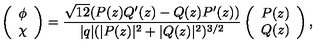
\left( \begin{array} { c } { \phi } \\ { \chi } \\ \end{array} \right) = \frac { \sqrt { 1 2 } ( P ( z ) Q ^ { \prime } ( z ) - Q ( z ) P ^ { \prime } ( z ) ) } { | q | ( | P ( z ) | ^ { 2 } + | Q ( z ) | ^ { 2 } ) ^ { 3 / 2 } } \left( \begin{array} { c } { P ( z ) } \\ { Q ( z ) } \\ \end{array} \right) ,